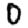
Digit: 0